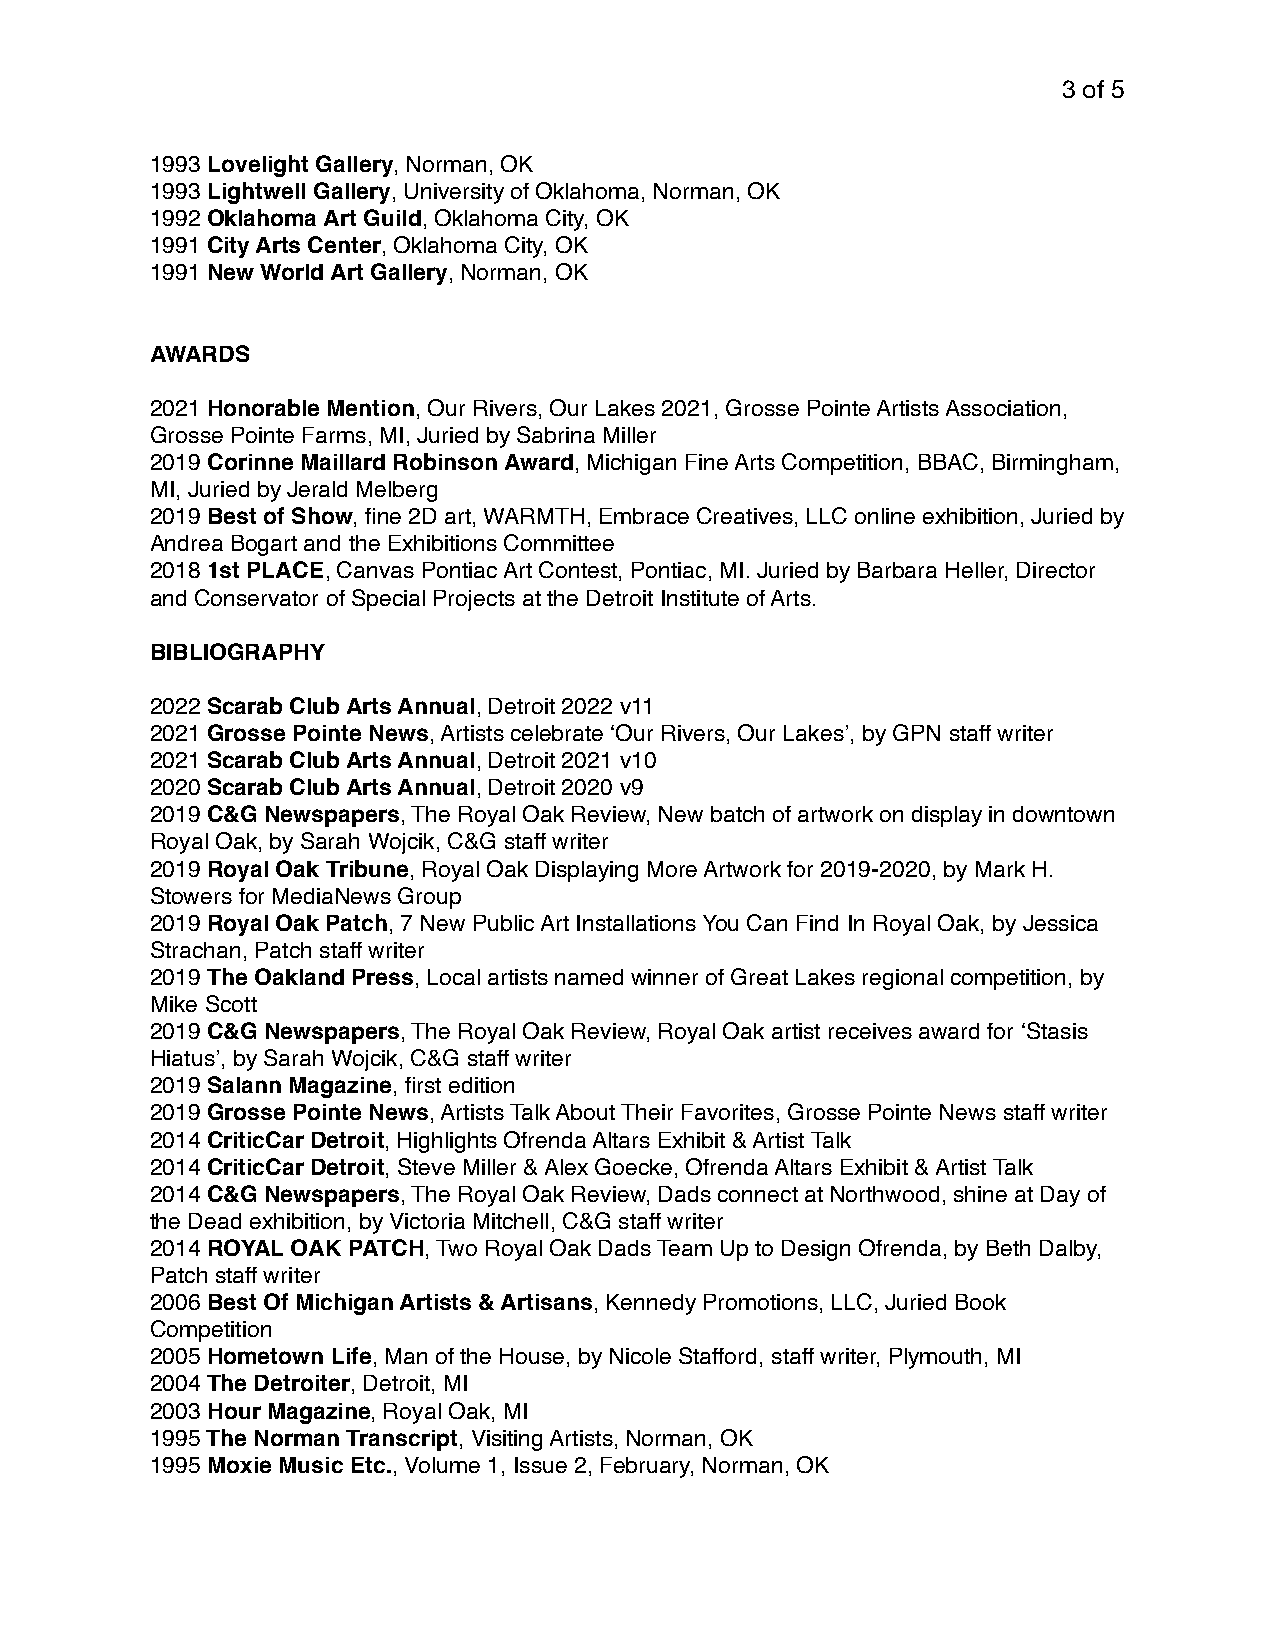
3 of 5
 1993 Lovelight Gallery, Norman, OK
 1993 Lightwell Gallery, University of Oklahoma, Norman, OK
 1992 Oklahoma Art Guild, Oklahoma City, OK
 1991 City Arts Center, Oklahoma City, OK
 1991 New World Art Gallery, Norman, OK
 AWARDS
 2021 Honorable Mention, Our Rivers, Our Lakes 2021, Grosse Pointe Artists Association,
 Grosse Pointe Farms, MI, Juried by Sabrina Miller
 2019 Corinne Maillard Robinson Award, Michigan Fine Arts Competition, BBAC, Birmingham,
 MI, Juried by Jerald Melberg
 2019 Best of Show, fine 2D art, WARMTH, Embrace Creatives, LLC online exhibition, Juried by
 Andrea Bogart and the Exhibitions Committee
 2018 1st PLACE, Canvas Pontiac Art Contest, Pontiac, MI. Juried by Barbara Heller, Director
 and Conservator of Special Projects at the Detroit Institute of Arts.
 BIBLIOGRAPHY
 2022 Scarab Club Arts Annual, Detroit 2022 v11
 2021 Grosse Pointe News, Artists celebrate ‘Our Rivers, Our Lakes’, by GPN staff writer
 2021 Scarab Club Arts Annual, Detroit 2021 v10
 2020 Scarab Club Arts Annual, Detroit 2020 v9
 2019 C&G Newspapers, The Royal Oak Review, New batch of artwork on display in downtown
 Royal Oak, by Sarah Wojcik, C&G staff writer
 2019 Royal Oak Tribune, Royal Oak Displaying More Artwork for 2019-2020, by Mark H.
 Stowers for MediaNews Group
 2019 Royal Oak Patch, 7 New Public Art Installations You Can Find In Royal Oak, by Jessica
 Strachan, Patch staff writer
 2019 The Oakland Press, Local artists named winner of Great Lakes regional competition, by
 Mike Scott
 2019 C&G Newspapers, The Royal Oak Review, Royal Oak artist receives award for ‘Stasis
 Hiatus’, by Sarah Wojcik, C&G staff writer
 2019 Salann Magazine, first edition
 2019 Grosse Pointe News, Artists Talk About Their Favorites, Grosse Pointe News staff writer
 2014 CriticCar Detroit, Highlights Ofrenda Altars Exhibit & Artist Talk
 2014 CriticCar Detroit, Steve Miller & Alex Goecke, Ofrenda Altars Exhibit & Artist Talk
 2014 C&G Newspapers, The Royal Oak Review, Dads connect at Northwood, shine at Day of
 the Dead exhibition, by Victoria Mitchell, C&G staff writer
 2014 ROYAL OAK PATCH, Two Royal Oak Dads Team Up to Design Ofrenda, by Beth Dalby,
 Patch staff writer
 2006 Best Of Michigan Artists & Artisans, Kennedy Promotions, LLC, Juried Book
 Competition
 2005 Hometown Life, Man of the House, by Nicole Stafford, staff writer, Plymouth, MI
 2004 The Detroiter, Detroit, MI
 2003 Hour Magazine, Royal Oak, MI
 1995 The Norman Transcript, Visiting Artists, Norman, OK
 1995 Moxie Music Etc., Volume 1, Issue 2, February, Norman, OK